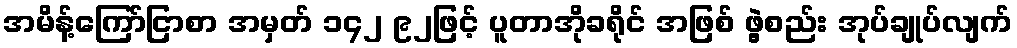
အမိန့်ကြော်ငြာစာ အမှတ် ၁၄၂ ၉၂ဖြင့် ပူတာအိုခရိုင် အဖြစ် ဖွဲ့စည်း အုပ်ချုပ်လျက်